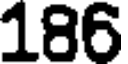
186